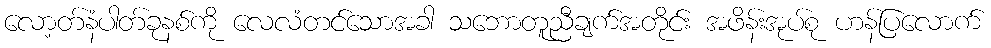
လော့တ်နံပါတ်ခုနစ်ကို လေလံတင်သောအခါ သဘောတူညီချက်အတိုင်း အဖိန်းအုပ်စု ဟန်ပြလောက်